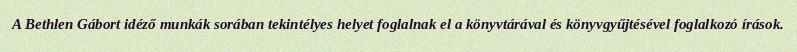
A Bethlen Gábort idéző munkák sorában tekintélyes helyet foglalnak el a könyvtárával és könyvgyűjtésével foglalkozó írások.